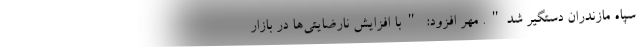
سپاه مازندران دستگیر شد". مهر افزود: "با افزایش نارضایتی‌ها در بازار